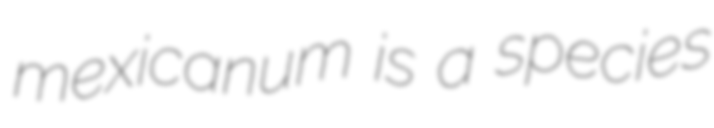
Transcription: mexicanum is a species